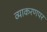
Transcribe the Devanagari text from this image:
व्याकरणपर